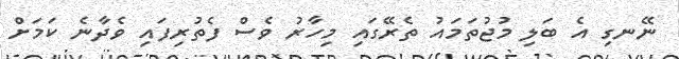
ނޭނގި އެ ބަލި މުޖުތަމައު ތެރޭގައި މިހާރު ވެސް ފެތުރިފައި ވެދާނެ ކަމަށް